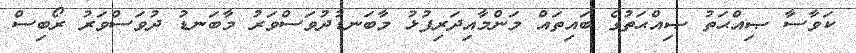
ކަވާސާ ޞިއްޙަތު ޞިއްޙަތުގެ ބައިތައް މަންމާއިދަރިފުޅު މާބަނޑުދުވަސްވަރު މާބަނޑު ދުވަސްވަރު ރޯބިސް